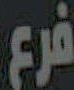
فرع